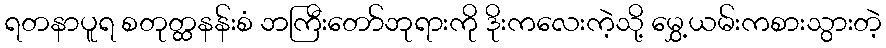
ရတနာပူရ စတုတ္ထနန်းစံ ဘကြီးတော်ဘုရားကို ဒိုးကလေးကဲ့သို့ မွှေ့ယမ်းကစားသွားတဲ့